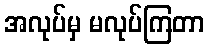
အလုပ်မှ မလုပ်ကြတာ